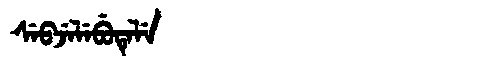
Manchu: ᠰᡝᠪᠵᡝᠯᡝᠪᡠᡨᡝᠯᡝ
Romanization: SEBJELEBUTELE